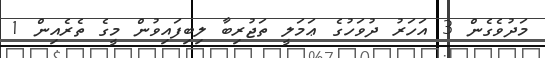
މަދުވެގެން 3 އަހަރު ދުވަހުގެ ޢަމަލީ ތަޖުރިބާ ލިބިފައިވުން މީގެ ތެރެއިން 1